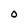
Character: O